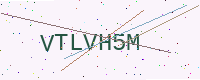
Text: VTLVH5M